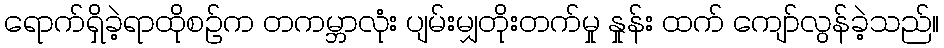
ရောက်ရှိခဲ့ရာထိုစဉ်က တကမ္ဘာလုံး ပျမ်းမျှတိုးတက်မှု နှုန်း ထက် ကျော်လွန်ခဲ့သည်။